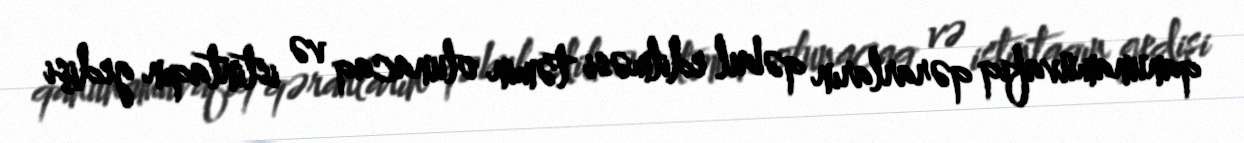
qanunamüvafiq qərarların qəbul edilməsi təmin olunacaq və istintaqın gedişi